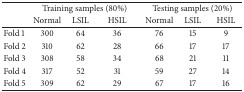
|  | <COLSPAN=3> Training samples (80%) | <COLSPAN=3> Testing samples (20%) |
 |  | Normal | LSIL | HSIL | Normal | LSIL | HSIL |
 | --- | --- | --- | --- | --- | --- | --- |
 | Fold 1 | 300 | 64 | 36 | 76 | 15 | 9 |
 | Fold 2 | 310 | 62 | 28 | 66 | 17 | 17 |
 | Fold 3 | 308 | 58 | 34 | 68 | 21 | 11 |
 | Fold 4 | 317 | 52 | 31 | 59 | 27 | 14 |
 | Fold 5 | 309 | 62 | 29 | 67 | 17 | 16 |